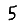
Digit: 5